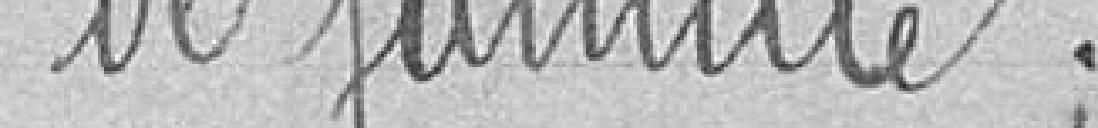
de famille.